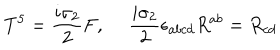
T ^ { 5 } = { \frac { i \sigma _ { 2 } } { 2 } } F , \ { \frac { i \sigma _ { 2 } } { 2 } } \epsilon _ { a b c d } R ^ { a b } = R _ { c d }